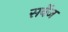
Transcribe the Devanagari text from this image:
सर्वेज